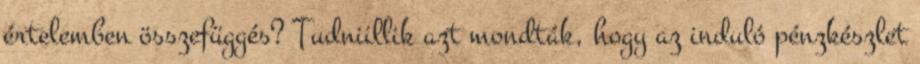
értelemben összefüggés? Tudniillik azt mondták, hogy az induló pénzkészlet